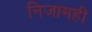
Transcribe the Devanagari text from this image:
निजामही